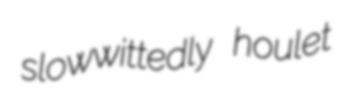
slowwittedly houlet